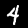
Label: 4